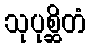
သုပုစ္ဆိတံ